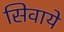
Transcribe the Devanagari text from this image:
सिवाये